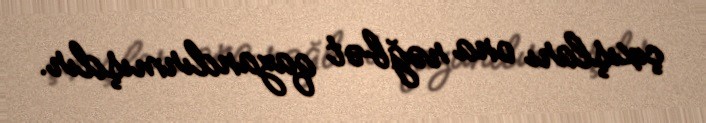
çıxışları ona rəğbət qazandırmışdır.